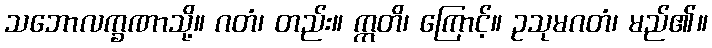
သဘောလက္ခဏာသို့။ ဂတံ၊ တည်း။ ဣတိ၊ ကြောင့်။ ဥသုမဂတံ၊ မည်၏။